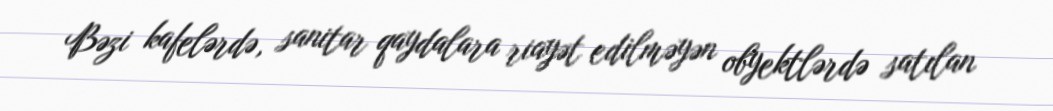
Bəzi kafelərdə, sanitar qaydalara riayət edilməyən obyektlərdə satılan